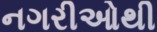
નગરીઓથી